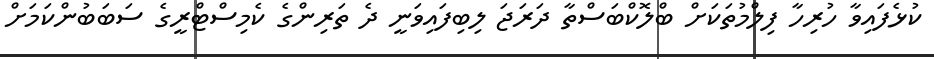
ކުޅެފައިވާ ހުރިހާ ފިލްމުތަކަށް ބްލޮކްބަސްތާ ދަރަޖަ ލިބިފައިވަނީ ދެ ތަރިންގެ ކެމިސްޓްރީގެ ސަބަބުންކަމަށް